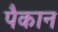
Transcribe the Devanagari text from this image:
पैकान